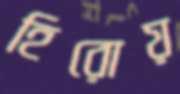
হিরোয়